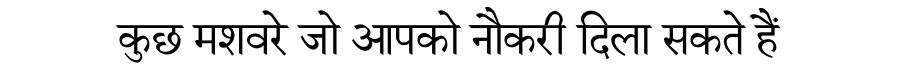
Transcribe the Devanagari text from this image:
कुछ मशवरे जो आपको नौकरी दिला सकते हैं